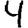
Digit: 4